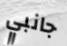
جانبي